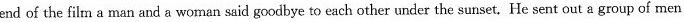
end of the film a man and a woman said goodbye to each other under the sunset. He sent out a group of men